Annual administration report of the Civil Veterinary Department of India - 1897-1898
Year: 1897
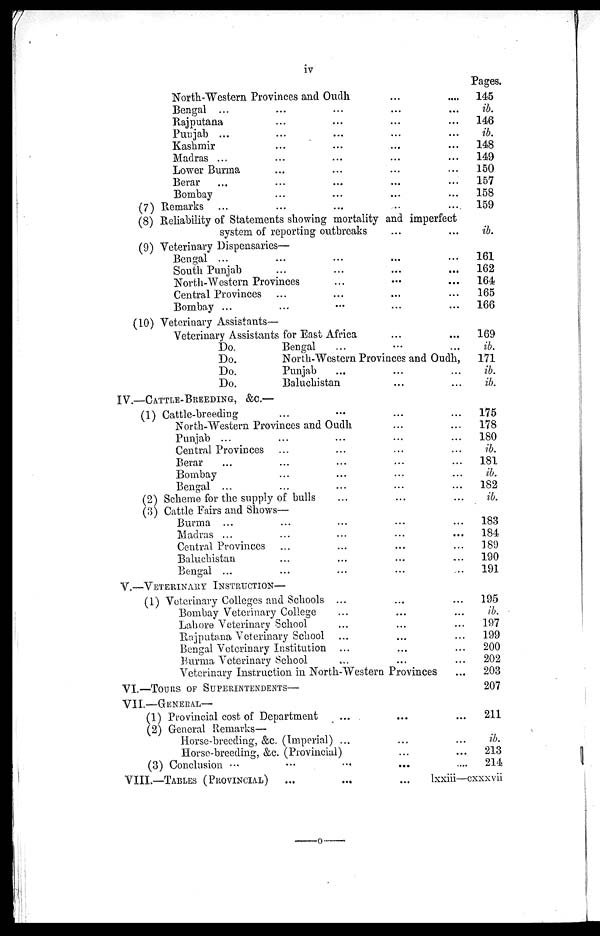
iv
North-Western Provinces and Oudh ... ...
Bengal ... ... ... ... ...
Rajputana ... ... ... ...
Punjab ... ... ... ... ...
Kashmir ... ... ... ... ...
Madras ...... ... ... ...
Lower Burma ... ... ... ...
Berar ... ... ... ... ...
Bombay ... ... ... ... ...
(7) Remarks
(8) Reliability of Statements showing mortality and imperfect
system of reporting outbreaks ... ...
(9) Veterinary Dispensaries—
Bengal ... ... ... ... ...
South Punjab ... ... ... ...
North-Western Provinces ... ... ...
Central Provinces ... ... ... ...
Bombay ... ... ... ... ...
(10) Veterinary Assistants—
Veterinary Assistants for East Africa ... ...
Do.
Bengal ... ... ...
Do.
North-Western Provinces and Oudh,
Do.
Punjab ... ... ...
Do.
Baluchistan ... ...
IV.—CATTLE-BREEDING, &C.—
(1) Cattle-breeding
North-Western Provinces and Oudh ... ...
Punjab ... ... ... ... ...
Central Provinces ... ... ... ...
Berar ... ... ... ... ...
Bombay ... ... ... ...
Bengal ... ... ... ... ...
(2) Scheme for the supply of bulls ... ... ...
(3) Cattle Fairs and Shows—
Burma ... ... ... ... ...
Madras ... ... ... ... ...
Central Provinces ... ... ... ...
Baluchistan ... ... ... ...
Bengal ... ... ... ... ...
V.—VETERINARY INSTRUCTION—
(1) Veterinary Colleges and Schools ... ... ...
Bombay Veterinary College ... ... ...
Lahore Veterinary School ... ... ...
Rajputana Veterinary School ... ... ...
Bengal Veterinary Institution ... ... ...
Burma Veterinary School ... ... ...
Veterinary Instruction in North-Western Provinces
VI.—TOURS OF SUPERINTENDENTS—
VII.—GENERAL—
(1) Provincial cost of Department ... ... ...
(2) General Remarks—
Horse-breeding, &c. (Imperial) ... ... ...
Horse-breeding, &c. (Provincial) ... ...
(3) Conclusion ... ... ... ... ...
VIII.—TABLE (PROVINCIAL) ... ... ...
Pages.
145
ib.
146
ib.
148
149
150
157
158
159
ib.
161
162
164
165
166
169
ib.
171
ib.
ib.
175
178
180
ib.
181
ib.
182
ib.
183
184
189
190
191
195
ib.
197
199
200
202
203
207
211
ib.
213
214
lxxiii—cxxxvii